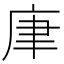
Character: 㡽